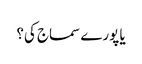
یا پورے سماج کی؟